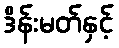
ဒိန်းမတ်နှင့်